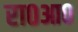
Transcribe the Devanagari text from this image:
रा०आ०